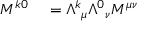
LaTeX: \begin{array} { r l } { M ^ { k 0 } } & { { } = { \Lambda ^ { k } } _ { \mu } { \Lambda ^ { 0 } } _ { \nu } M ^ { \mu \nu } } \end{array}